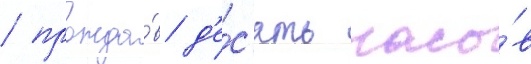
/ прожда́в д'е́с'ять часо́в